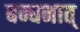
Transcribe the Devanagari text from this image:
बन्धनात्